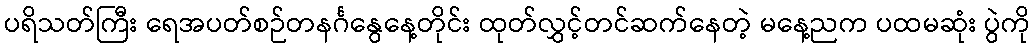
ပရိသတ်ကြီး ရေအပတ်စဉ်တနင်္ဂနွေနေ့တိုင်း ထုတ်လွှင့်တင်ဆက်နေတဲ့ မနေ့ညက ပထမဆုံး ပွဲကို